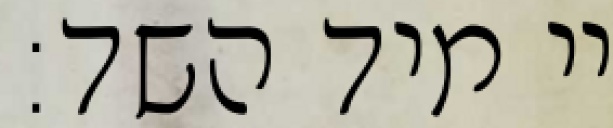
יי מיד השד: